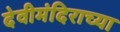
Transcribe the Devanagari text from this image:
देवीमंदिराच्या